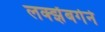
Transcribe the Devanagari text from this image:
लक्झेंबर्गने